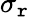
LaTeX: \sigma_{\mathtt{r}}